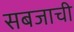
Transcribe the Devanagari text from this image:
सबजाची